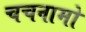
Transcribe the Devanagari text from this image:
चचनामो